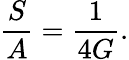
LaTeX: \frac{S}{A}=\frac{1}{4G}.